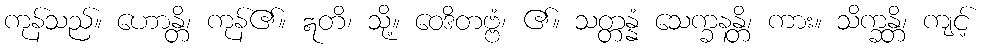
ကုန်သည်။ ဟောန္တိ၊ ကုန်၏။ ဣတိ၊ သို့။ ဝေဒိတဗ္ဗံ၊ ၏။ သတ္တန္နံ သေက္ခနန္တိ၊ ကား။ သိက္ခန္တိ၊ ကျင့်